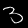
Label: 3